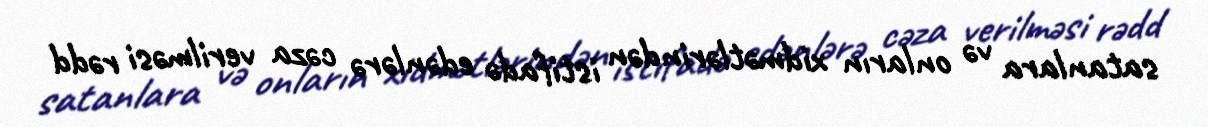
satanlara və onların xidmətlərindən istifadə edənlərə cəza verilməsi rədd